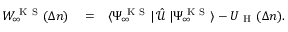
\begin{array} { r l r } { W _ { \infty } ^ { \mathrm { ~ K ~ S ~ } } ( \Delta n ) } & { { } = } & { \langle \Psi _ { \infty } ^ { \mathrm { ~ K ~ S ~ } } | \, \mathcal { \hat { U } \, } | \Psi _ { \infty } ^ { \mathrm { ~ K ~ S ~ } } \rangle - U _ { \mathrm { ~ H ~ } } ( \Delta n ) . } \end{array}